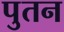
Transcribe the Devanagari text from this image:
पुतन